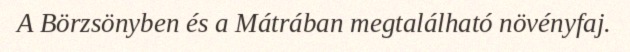
A Börzsönyben és a Mátrában megtalálható növényfaj.